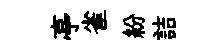
亭雀紛詰